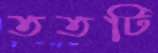
ততটি